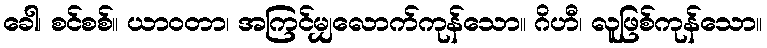
ခေါ၊ စင်စစ်။ ယာဝတာ၊ အကြင်မျှလောက်ကုန်သော။ ဂိဟီ၊ လူဖြစ်ကုန်သော။